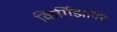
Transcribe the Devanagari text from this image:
किर्गिझांवर